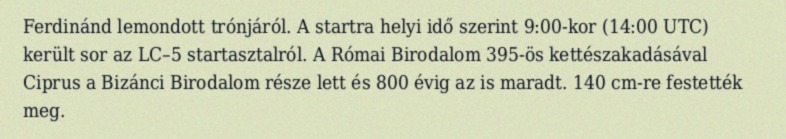
Ferdinánd lemondott trónjáról. A startra helyi idő szerint 9:00-kor (14:00 UTC) került sor az LC–5 startasztalról. A Római Birodalom 395-ös kettészakadásával Ciprus a Bizánci Birodalom része lett és 800 évig az is maradt. 140 cm-re festették meg.